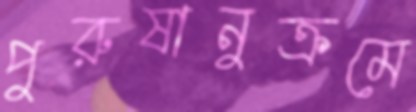
পুরুষানুক্রমে